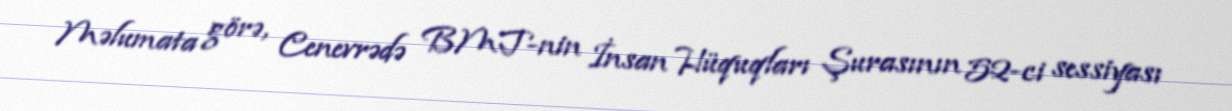
Məlumata görə, Cenevrədə BMT-nin İnsan Hüquqları Şurasının 52-ci sessiyası